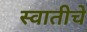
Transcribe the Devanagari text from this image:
स्वातीचे